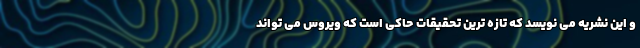
و این نشریه می نویسد که تازه ترین تحقیقات حاکی است که ویروس می تواند